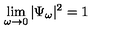
\lim _ { \omega \to 0 } | \Psi _ { \omega } | ^ { 2 } = 1